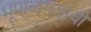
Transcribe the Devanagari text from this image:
भूपाळगडाची